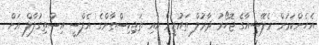
އެހެންކަމުން މެލޭޝިއާގެ ޖޮހޯރު ދާރުލް ތައުޒީމް އާއި ތަޖިކިސްތާންގެ އެފްސީ އިސްތިގުލާލް އަށް